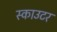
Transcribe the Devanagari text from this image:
स्काउटर